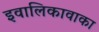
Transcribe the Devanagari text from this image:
इवालिकावाका